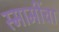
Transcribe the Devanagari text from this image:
स्मामींचा